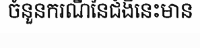
ចំនួនករណីនៃជំងឺនេះមាន